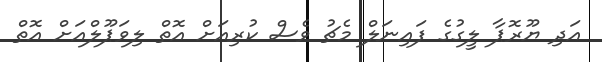
އަދި ޔޫރޮޕާ ލީގުގެ ފައިނަލް މެޗު ވެސް ކުރިއަށް އޮތް ލިވަޕޫލްއަށް އޮތް